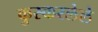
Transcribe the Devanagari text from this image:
कुस्करलेले